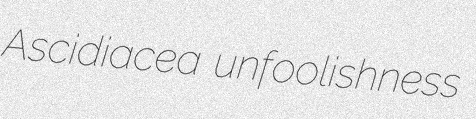
Ascidiacea unfoolishness